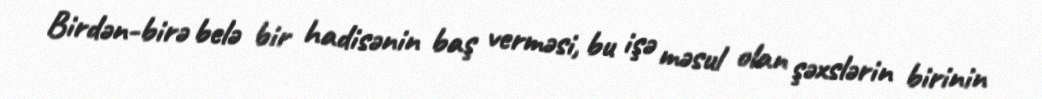
Birdən-birə belə bir hadisənin baş verməsi, bu işə məsul olan şəxslərin birinin